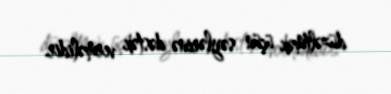
düzəltmək üçün səylərinə dəstək verməlidir.